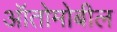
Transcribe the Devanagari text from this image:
ऑतोमोबील